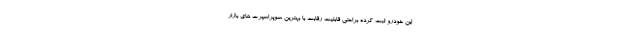
این خودرو ثبت کرده براحتی قابلیت رقابت با بهترین سوپراسپرت های بازار